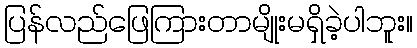
ပြန်လည်ဖြေကြားတာမျိုးမရှိခဲ့ပါဘူး။